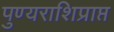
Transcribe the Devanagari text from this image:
पुण्यराशिप्राप्त